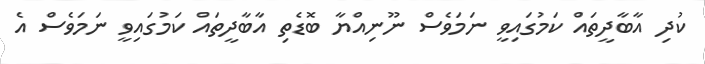
ކުދި އާބާދީތައް ކަމުގައިވީ ނަމަވެސް ނޫނިއްޔާ ބޮޑެތި އާބާދީތައް ކަމުގައިވީ ނަމަވެސް އެ